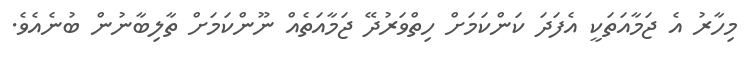
މިހާރު އެ ޖަމާއަތަކީ އެފަދަ ކަންކަމަށް ހިތްވަރުދޭ ޖަމާއަތެއް ނޫންކަމަށް ތާލިބާނުން ބުނެއެވެ.